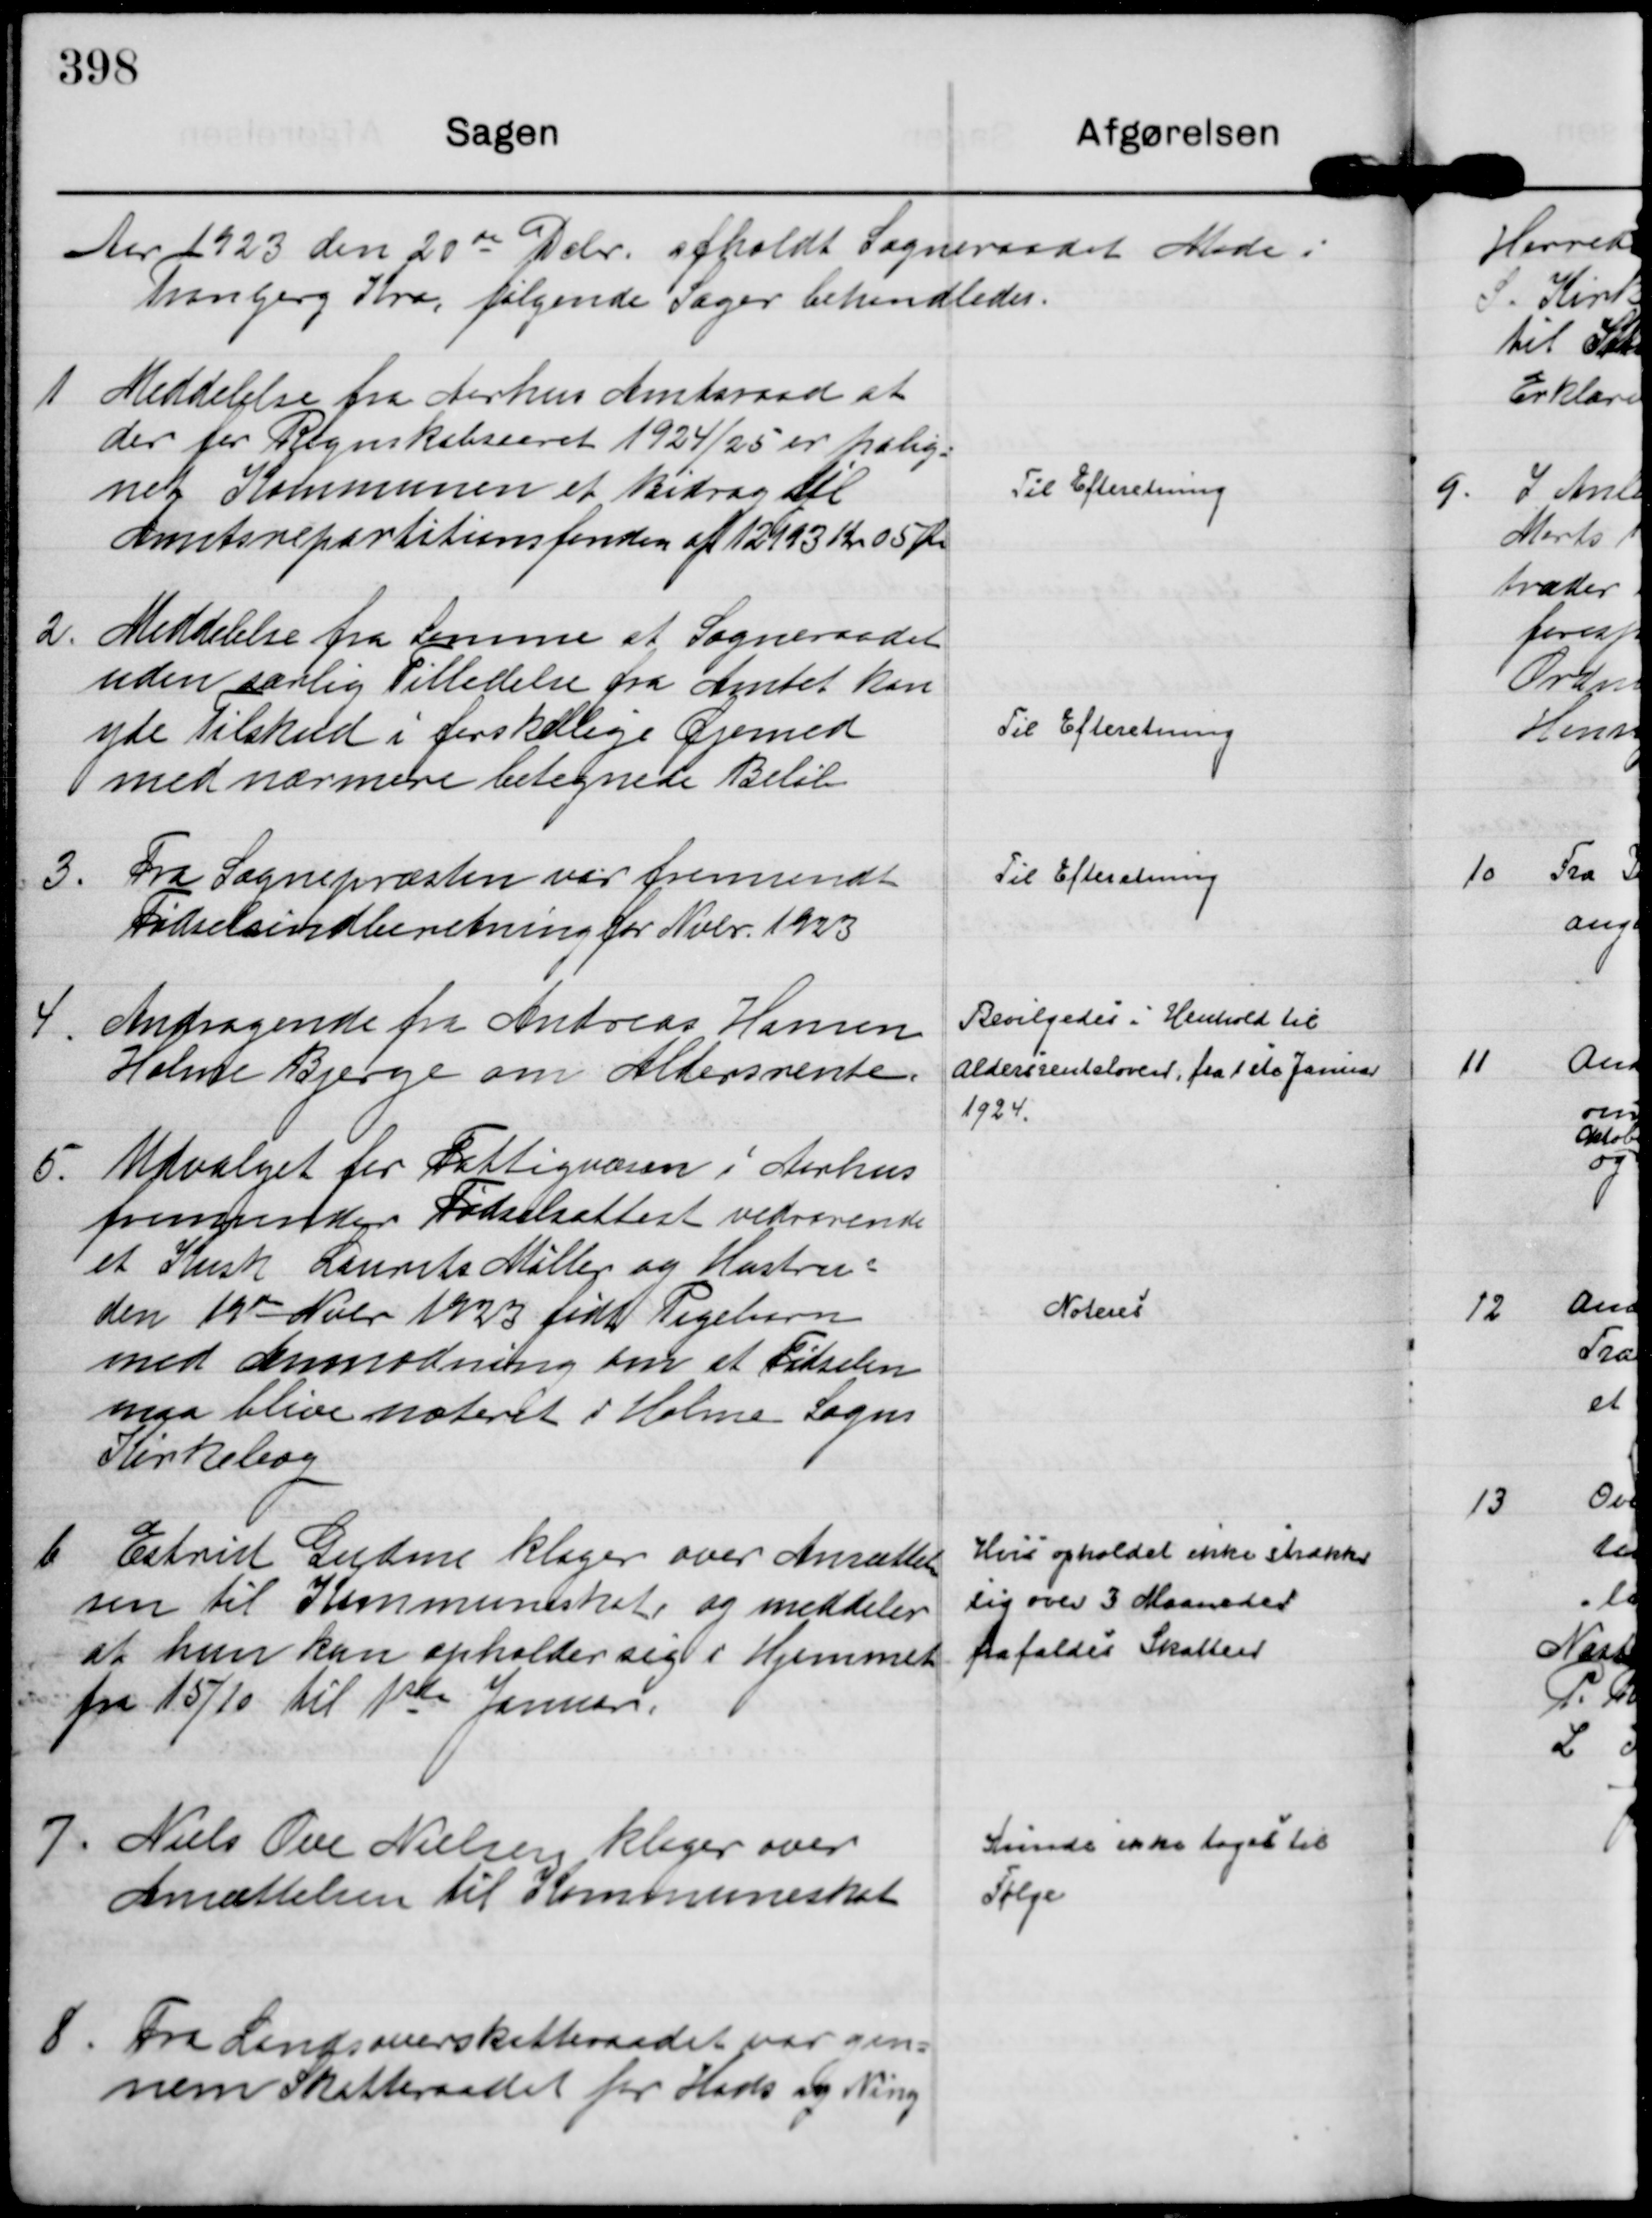
Transskription:
Aar 1923 den 20 de Dcbr. afholdt Sogneraadet Møde i
Tranbjerg Kro, følgende Sager behandledes.

1
Meddelelse fra Aarhus Amtsraad at
der for Regnskabsaaret 1924/25 er palig=
net Kommunen et Bidrag til
Amtsrepartitionsfonden af 12113 Kr 05 Øre

Til Efteretning

2.
Meddelelse fra Samme at Sogneraadet
uden særlig Tilladelse fra Amtet kan
yde Tilskud i forskellige Øjemed
med nærmere betegnede Beløb

Til Efteretning

3.
Fra Sognepræsten var fremsendt
Fødselsindberetning for Nobr. 1923

Til Efteretning

4.
Andragende fra Andreas Hansen
Holme Bjerge om Aldersrente.

Bevilgedes i Henhold til
Aldersrenteloven, fra 1 ste Januar
1924.

5.
Udvalget for Fattigvæsen i Aarhus
fremsender Fødselsattest vedrørende
et Kusk Laurits Møller og Hustru s
den 19 de Nobr 1923 født Pigebarn
med Anmodning om at Fødselen
maa blive noteret i Holme Sogns
Kirkebog

Noteres

6
Estrid Gudme klager over Ansættel=
sen til Kommuneskat og meddeler
at hun kun opholder sig i Hjemmet
fra 15/10 til 1 ste Januar.

Hvis opholdet ikke strækker
sig over 3 Maaneder
frafaldes Skatten

7.
Niels Ove Nielsen klager over
Ansættelsen til Kommuneskat

Kunde ikke tages til
Følge

8.
Fra Landsoverskatteraadet var gen=
nem Skatteraadet for Hads og Ning